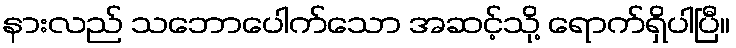
နားလည် သဘောပေါက်သော အဆင့်သို့ ရောက်ရှိပါပြီ။